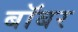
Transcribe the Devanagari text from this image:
बॉबर